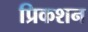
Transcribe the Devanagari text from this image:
प्रिकशन